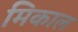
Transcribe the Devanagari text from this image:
मिकाल